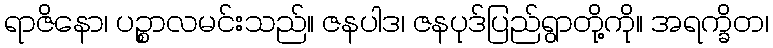
ရာဇိနော၊ ပဉ္စာလမင်းသည်။ ဇနပါဒ၊ ဇနပုဒ်ပြည်ရွာတို့ကို။ အရက္ခိတ၊